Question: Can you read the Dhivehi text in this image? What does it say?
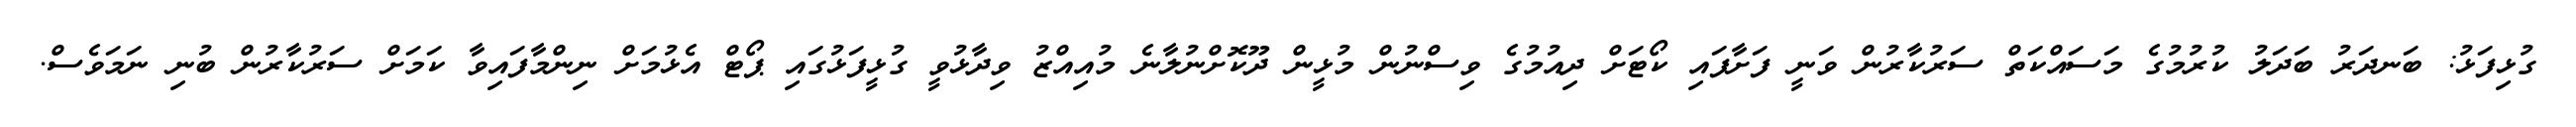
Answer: ގުޅިފަޅު: ބަނދަރު ބަދަލު ކުރުމުގެ މަސައްކަތް ސަރުކާރުން ވަނީ ފަށާފައި ކޯޓަށް ދިއުމުގެ ވިސްނުން މުޅީން ދޫކޮށްނުލާނެ މުއިއްޒު ވިދާޅުވީ ގުޅީފަޅުގައި ޕޯޓް އެޅުމަށް ނިންމާފައިވާ ކަމަށް ސަރުކާރުން ބުނި ނަމަވެސް.